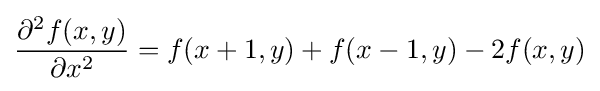
{\frac {\partial ^{2}f(x,y)}{\partial x^{2}}}=f(x+1,y)+f(x-1,y)-2f(x,y)